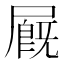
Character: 𡳅